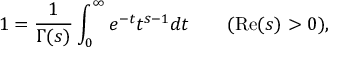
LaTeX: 1 = { \frac { 1 } { \Gamma ( s ) } } \int _ { 0 } ^ { \infty } e ^ { - t } t ^ { s - 1 } d t \qquad ( \operatorname { R e } ( s ) > 0 ) ,